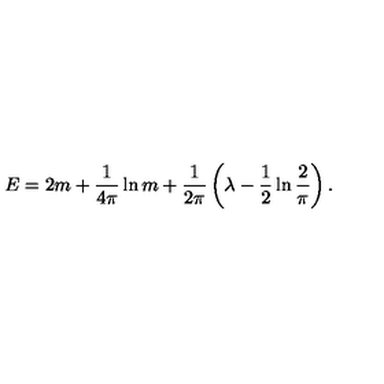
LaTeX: E = 2 m + \frac { 1 } { 4 \pi } \ln m + \frac { 1 } { 2 \pi } \left( \lambda - \frac { 1 } { 2 } \ln \frac { 2 } { \pi } \right) .